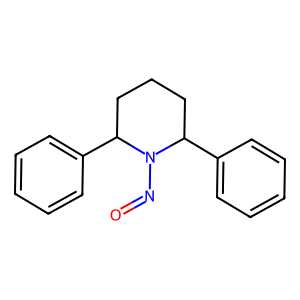
SMILES: O=NN1C(c2ccccc2)CCCC1c1ccccc1
Inhibits HIV replication: No